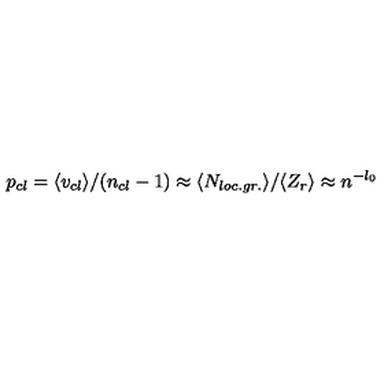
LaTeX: p _ { c l } = \langle v _ { c l } \rangle / ( n _ { c l } - 1 ) \approx \langle N _ { l o c . g r . } \rangle / \langle Z _ { r } \rangle \approx n ^ { - l _ { 0 } }